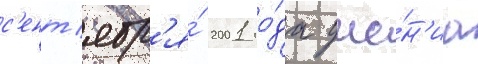
с'ент'ябр'я́ 2001 го́да уче́н'иа